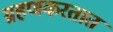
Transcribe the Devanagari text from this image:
ग्रहणकरतात